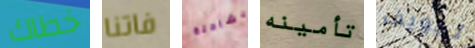
خطاك فاتنا بشاحنة تأمينه تجويف